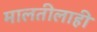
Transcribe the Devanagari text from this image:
मालतीलाही